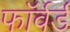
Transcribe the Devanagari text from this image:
फाॅर्वर्ड